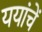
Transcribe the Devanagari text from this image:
ययांचें